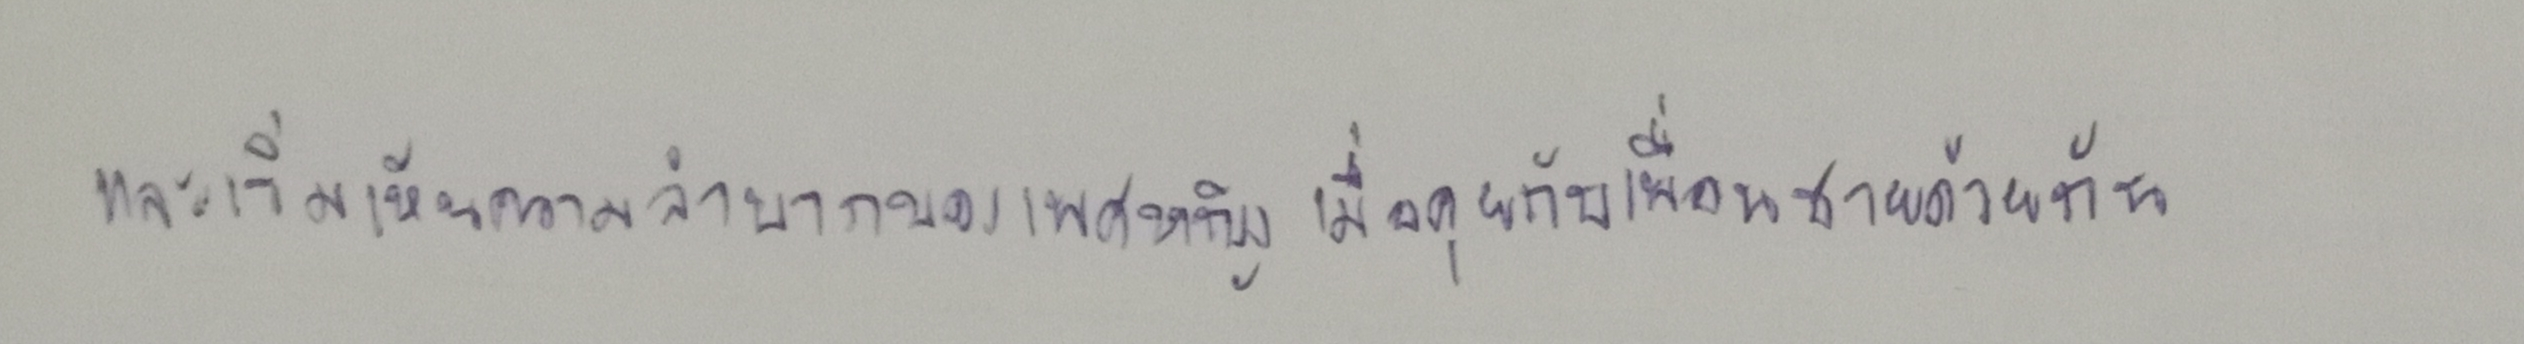
และเริ่มเห็นความลำบากของเพศหญิงเมื่อคุยกับเพื่อนชายด้วยกัน